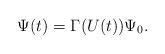
LaTeX: \begin{align*}\Psi(t)=\Gamma(U(t))\Psi_0.\end{align*}